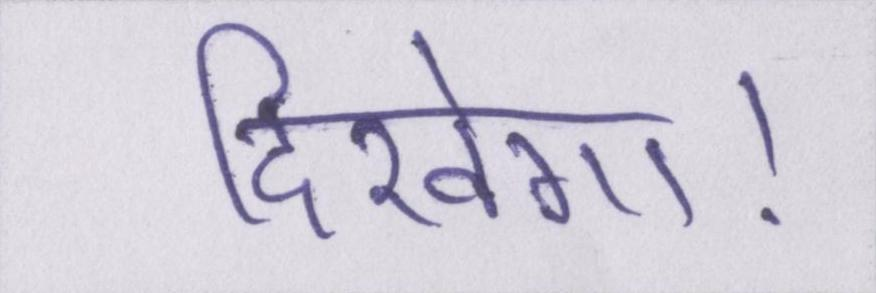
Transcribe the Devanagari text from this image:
दिखेगा।